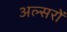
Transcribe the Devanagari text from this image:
अल्सरों